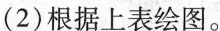
(2)根据上表绘图。|总量/千克